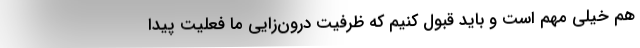
هم خیلی مهم است و باید قبول کنیم که ظرفیت درون‌زایی ما فعلیت پیدا